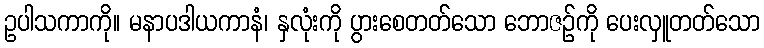
ဥပါသကာကို။ မနာပဒါယကာနံ၊ နှလုံးကို ပွားစေတတ်သော ဘောဇဉ်ကို ပေးလှူတတ်သော